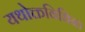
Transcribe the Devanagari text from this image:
यथोक्तविधिना